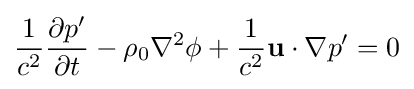
{\frac {1}{c^{2}}}{\frac {\partial p'}{\partial t}}-\rho _{0}\nabla ^{2}\phi +{\frac {1}{c^{2}}}\mathbf {u} \cdot \nabla p'=0